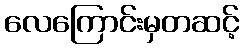
လေကြောင်းမှတဆင့်